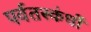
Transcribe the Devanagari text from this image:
पर्वतस्कंधों